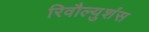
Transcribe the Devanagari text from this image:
रिवौल्युशंस